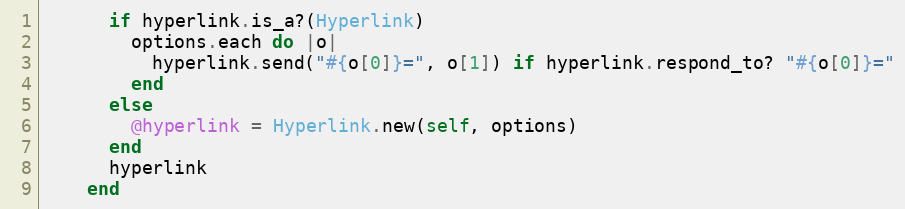
Language: Ruby
      if hyperlink.is_a?(Hyperlink)
        options.each do |o|
          hyperlink.send("#{o[0]}=", o[1]) if hyperlink.respond_to? "#{o[0]}="
        end
      else
        @hyperlink = Hyperlink.new(self, options)
      end
      hyperlink
    end